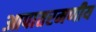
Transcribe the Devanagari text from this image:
आपातरमणीय